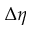
\Delta \eta